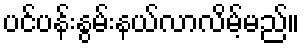
ပင်ပန်းနွမ်းနယ်လာလိမ့်မည်။